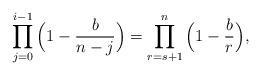
LaTeX: \begin{align*}\prod_{j=0}^{i-1}\Big(1-\frac{b}{n-j}\Big) = \prod_{r=s+1}^{n}\Big(1-\frac{b}{r}\Big),\end{align*}